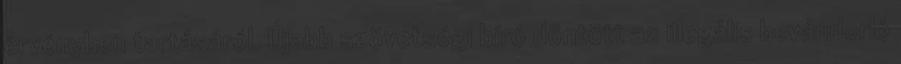
érvényben tartásáról. Újabb szövetségi bíró döntött az illegális bevándorló